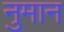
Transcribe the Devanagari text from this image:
नुमान